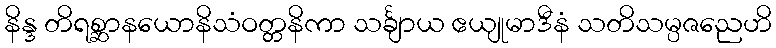
နိန္ဒ တိရစ္ဆာနယောနိသံဝတ္တနိကာ သင်္ချာယ ဧယျုမာဒီနံ သတိသမ္ပဇညေဟိ